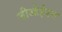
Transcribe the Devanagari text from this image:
जीओईएस